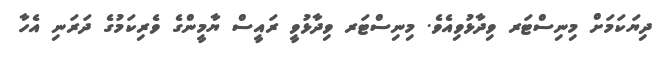
ދިޔަކަމަށް މިނިސްޓަރ ވިދާޅުވިއެވެ. މިނިސްޓަރ ވިދާޅުވީ ރައީސް ޔާމީންގެ ވެރިކަމުގެ ދަރަނި އެހާ